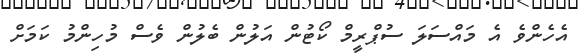
އެހެންވެ އެ މައްސަލަ ސުޕްރީމް ކޯޓުން އަލުން ބެލުން ވެސް މުހިންމު ކަމަށް